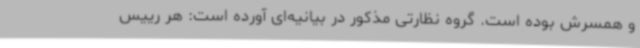
و همسرش بوده‌ است. گروه نظارتی مذکور در بیانیه‌ای آورده است: هر رییس